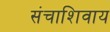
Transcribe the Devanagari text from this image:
संचाशिवाय